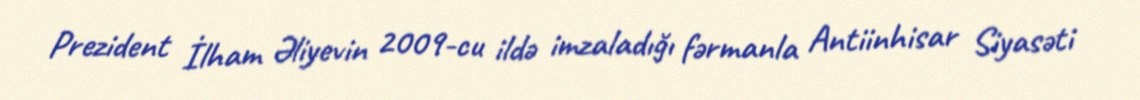
Prezident İlham Əliyevin 2009-cu ildə imzaladığı fərmanla Antiinhisar Siyasəti